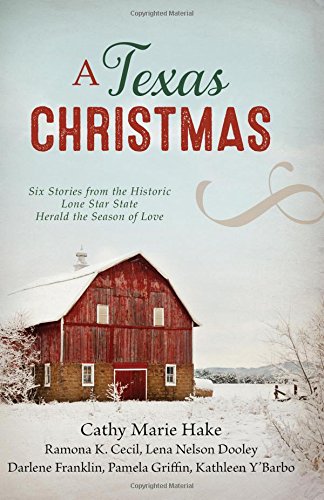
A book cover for A Texas Christmas: Six Romances from the Historic Lone Star State Herald the Season of Love; Ramona K. Cecil; Romance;